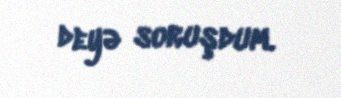
deyə soruşdum.